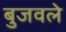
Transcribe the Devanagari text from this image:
बुजवले